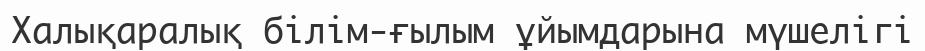
Халықаралық білім-ғылым ұйымдарына мүшелігі